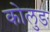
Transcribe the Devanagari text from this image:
कोलुङ